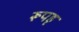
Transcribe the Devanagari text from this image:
रूपहृ